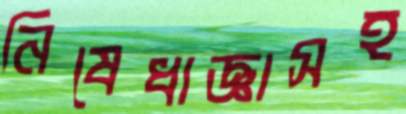
নিষেধাজ্ঞাসহ